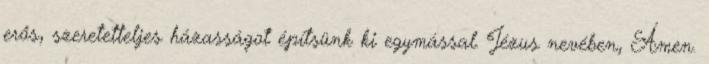
erős, szeretetteljes házasságot építsünk ki egymással. Jézus nevében, Ámen.